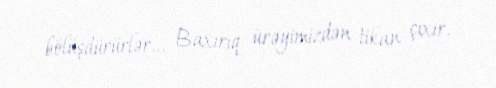
bölüşdürürlər... Baxırıq ürəyimizdən tikan çıxır.